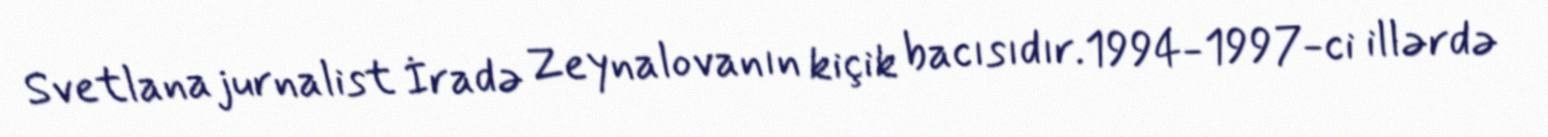
Svetlana jurnalist İradə Zeynalovanın kiçik bacısıdır.1994-1997-ci illərdə